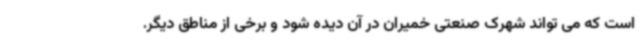
است که می تواند شهرک صنعتی خمیران در آن دیده شود و برخی از مناطق دیگر.